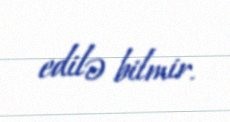
edilə bilmir.